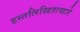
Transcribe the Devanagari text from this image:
हस्तलिखिताव्दारे